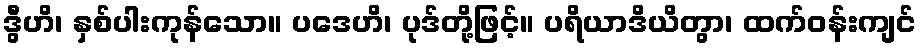
ဒွီဟိ၊ နှစ်ပါးကုန်သော။ ပဒေဟိ၊ ပုဒ်တို့ဖြင့်။ ပရိယာဒိယိတွာ၊ ထက်ဝန်းကျင်